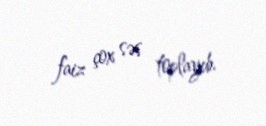
faiz çox səs toplayıb.